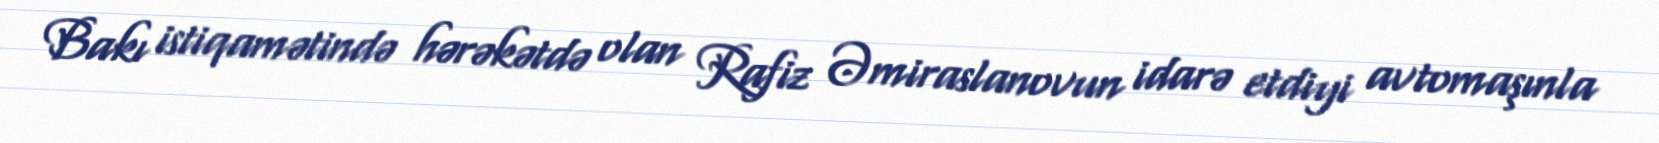
Bakı istiqamətində hərəkətdə olan Rafiz Əmiraslanovun idarə etdiyi avtomaşınla